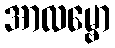
အာလမ္ဗော